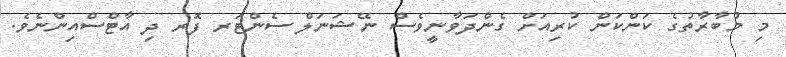
މި މުބާރާތުގެ ކަންކަން ކުރިއަށް ގެންދަވާނީވެސް ނޭޝަނަލް ސެންޓަރ ފޮރ ދި އާޓްސްއިންނެވެ.